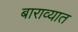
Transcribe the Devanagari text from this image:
बाराव्यात